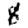
Digit: 8